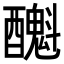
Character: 𨣫